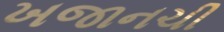
ખજાનચી